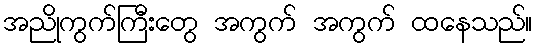
အညိုကွက်ကြီးတွေ အကွက် အကွက် ထနေသည်။